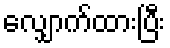
လျှောက်ထားပြီး